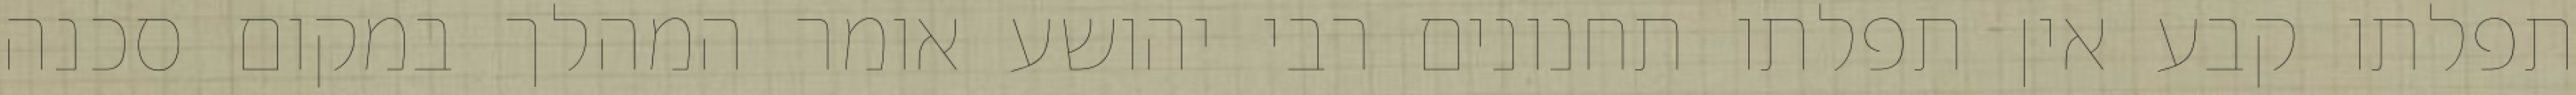
תפלתו קבע אין תפלתו תחנונים רבי יהושע אומר המהלך במקום סכנה